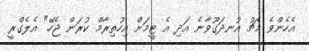
އެހެންވެ މެޗު އުނދަގޫވާނެ އަދި އެ ޓީމަށް އިހުތިރާމް ކުރަން ޖެހޭ" އެލެގްރީ